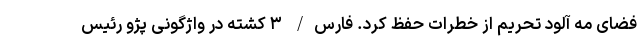
فضای مه آلود تحریم از خطرات حفظ کرد. فارس/ ۳ کشته در واژگونی پژو رئیس